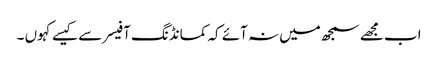
اب مجھے سمجھ میں نہ آئے کہ کمانڈنگ آفیسر سے کیسے کہوں ۔